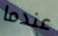
عندما